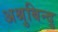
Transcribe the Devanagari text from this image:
अश्रुबिन्दु